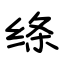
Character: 绦